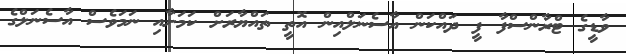
ވާޑީގެ ޓްރާންސްފާ ފީ ދައްކަން އާސެނަލްއިން އޮތީ ތައްޔާރަށް ކަމަށާއި ނަމަވެސް އާސެނަލްގެ